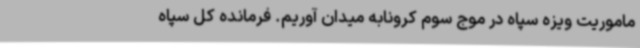
ماموریت ویزه سپاه در موج سوم کرونابه میدان آوریم. فرمانده کل سپاه